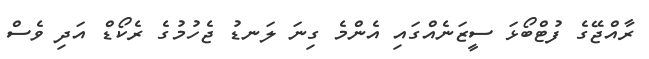
ރާއްޖޭގެ ފުޓްބޯޅަ ސީޒަނެއްގައި އެންމެ ގިނަ ލަނޑު ޖެހުމުގެ ރެކޯޑް އަދި ވެސް